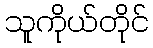
သူကိုယ်တိုင်